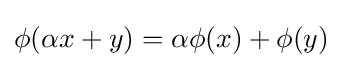
\phi (\alpha x+y)=\alpha \phi (x)+\phi (y)